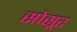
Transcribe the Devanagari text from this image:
सोसूर